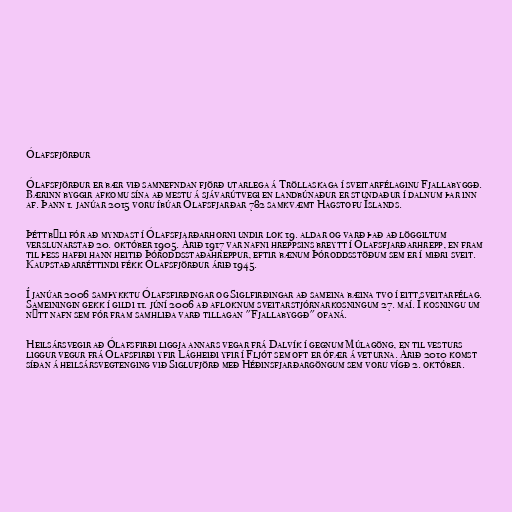
Ólafsfjörður

Ólafsfjörður er bær við samnefndan fjörð utarlega á Tröllaskaga í sveitarfélaginu Fjallabyggð.
Bærinn byggir afkomu sína að mestu á sjávarútvegi en landbúnaður er stundaður í dalnum þar inn
af. Þann 1. janúar 2015 voru íbúar Ólafsfjarðar 782 samkvæmt Hagstofu Íslands.

Þéttbýli fór að myndast í Ólafsfjarðarhorni undir lok 19. aldar og varð það að löggiltum
verslunarstað 20. október 1905. Árið 1917 var nafni hreppsins breytt í Ólafsfjarðarhrepp, en fram
til þess hafði hann heitið Þóroddsstaðahreppur, eftir bænum Þóroddsstöðum sem er í miðri sveit.
Kaupstaðarréttindi fékk Ólafsfjörður árið 1945.

Í janúar 2006 samþykktu Ólafsfirðingar og Siglfirðingar að sameina bæina tvo í eitt sveitarfélag.
Sameiningin gekk í gildi 11. júní 2006 að afloknum sveitarstjórnarkosningum 27. maí. Í kosningu um
nýtt nafn sem fór fram samhliða varð tillagan "Fjallabyggð" ofaná.

Heilsársvegir að Ólafsfirði liggja annars vegar frá Dalvík í gegnum Múlagöng, en til vesturs
liggur vegur frá Ólafsfirði yfir Lágheiði yfir í Fljót sem oft er ófær á veturna. Árið 2010 komst
síðan á heilsársvegtenging við Siglufjörð með Héðinsfjarðargöngum sem voru vígð 2. október.